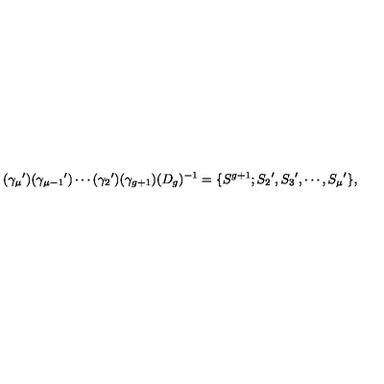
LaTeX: ( { \gamma _ { \mu } } ^ { \prime } ) ( { \gamma _ { \mu - 1 } } ^ { \prime } ) \cdots ( { \gamma _ { 2 } } ^ { \prime } ) ( \gamma _ { g + 1 } ) ( D _ { g } ) ^ { - 1 } = \{ S ^ { g + 1 } ; { S _ { 2 } } ^ { \prime } , { S _ { 3 } } ^ { \prime } , \cdots , { S _ { \mu } } ^ { \prime } \} ,